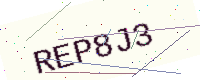
Text: REP8J3